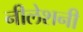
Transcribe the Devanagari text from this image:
नीलेशनी